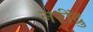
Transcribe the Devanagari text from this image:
नरींद्रु